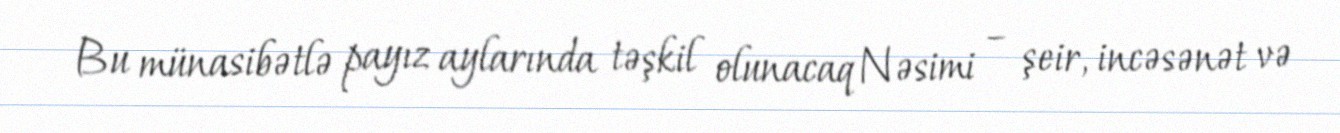
Bu münasibətlə payız aylarında təşkil olunacaq Nəsimi – şeir, incəsənət və